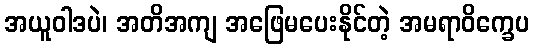
အယူဝါဒပဲ၊ အတိအကျ အဖြေမပေးနိုင်တဲ့ အမရာဝိက္ခေပ